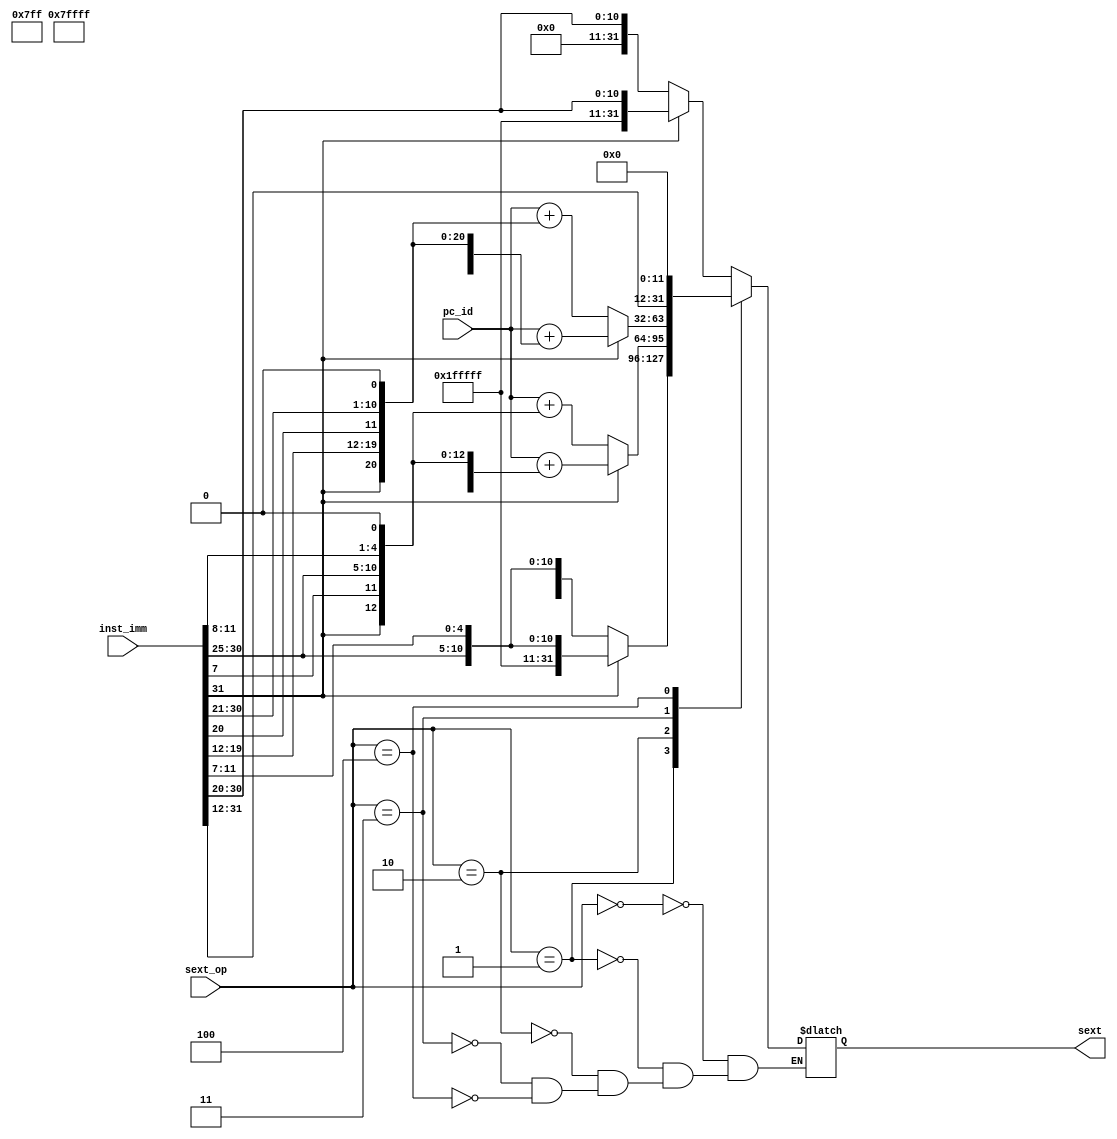
`timescale 1ns / 1ps
//////////////////////////////////////////////////////////////////////////////////
// Company: 
// Engineer: 
// 
// Design Name: 
// Module Name: IMM
// Project Name: 
// Target Devices: 
// Tool Versions: 
// Description: 
// 
// Dependencies: 
// 
// Revision:
// Revision 0.01 - File Created
// Additional Comments:
// 
//////////////////////////////////////////////////////////////////////////////////


module IMM(
    input [2:0] sext_op,
    input [31:0] inst_imm,         
    input [31:0] pc_id,
    output reg [31:0] sext
    );
    
    always @(*) begin
        case(sext_op)
            3'b000: begin       //R??????I?????,?????????????????????????
                        if(inst_imm[31] == 1'b1)
                            sext[31:0] = {20'hfffff,inst_imm[31:20]};
                        else
                            sext[31:0] = {20'h00000,inst_imm[31:20]};
                    end
            3'b001: begin       //S?????
                        if(inst_imm[31] == 1'b1)
                            sext[31:0] = {20'hfffff,inst_imm[31:25],inst_imm[11:7]};
                        else 
                            sext[31:0] = {20'h00000,inst_imm[31:25],inst_imm[11:7]};
                    end
            3'b010: begin       //B?????
                        if(inst_imm[31] == 1'b1)
                            sext[31:0] = pc_id + {16'hffff,3'b111,inst_imm[31],inst_imm[7],inst_imm[30:25],inst_imm[11:8],1'b0};
                        else
                            sext[31:0] = pc_id + {16'h0000,3'b000,inst_imm[31],inst_imm[7],inst_imm[30:25],inst_imm[11:8],1'b0};
                    end
            3'b011: begin       //jal
                        if(inst_imm[31] == 1'b1)
                            sext[31:0] = pc_id + {16'hffff,3'b111,inst_imm[31],inst_imm[19:12],inst_imm[20],inst_imm[30:21],1'b0};
                        else 
                            sext[31:0] = pc_id + {16'h0000,3'b000,inst_imm[31],inst_imm[19:12],inst_imm[20],inst_imm[30:21],1'b0};
                    end
            3'b100: begin       //lui
                        sext[31:0] = {inst_imm[31:12],12'h000};
                    end
        endcase
    end
endmodule